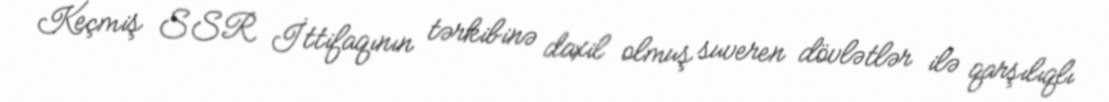
Keçmiş SSR İttifaqının tərkibinə daxil olmuş suveren dövlətlər ilə qarşılıqlı